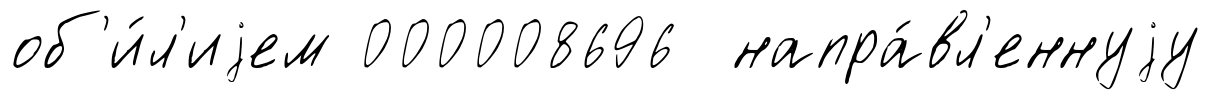
об'и́л'иjем 000008696 напра́вл'еннуjу